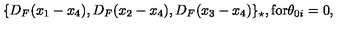
\{ D _ { F } ( x _ { 1 } - x _ { 4 } ) , D _ { F } ( x _ { 2 } - x _ { 4 } ) , D _ { F } ( x _ { 3 } - x _ { 4 } ) \} _ { \star } , \mathrm { f o r } \theta _ { 0 i } = 0 ,